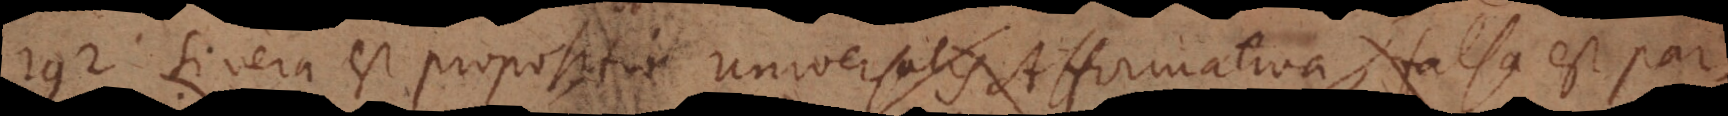
Si vera est propositio Universalis Affirmativa, falsa est par